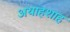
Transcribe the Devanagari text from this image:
अयाहशाह